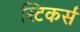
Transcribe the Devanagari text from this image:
स्टिकर्स